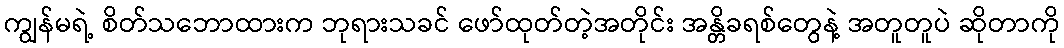
ကျွန်မရဲ့ စိတ်သဘောထားက ဘုရားသခင် ဖော်ထုတ်တဲ့အတိုင်း အန္တိခရစ်တွေနဲ့ အတူတူပဲ ဆိုတာကို